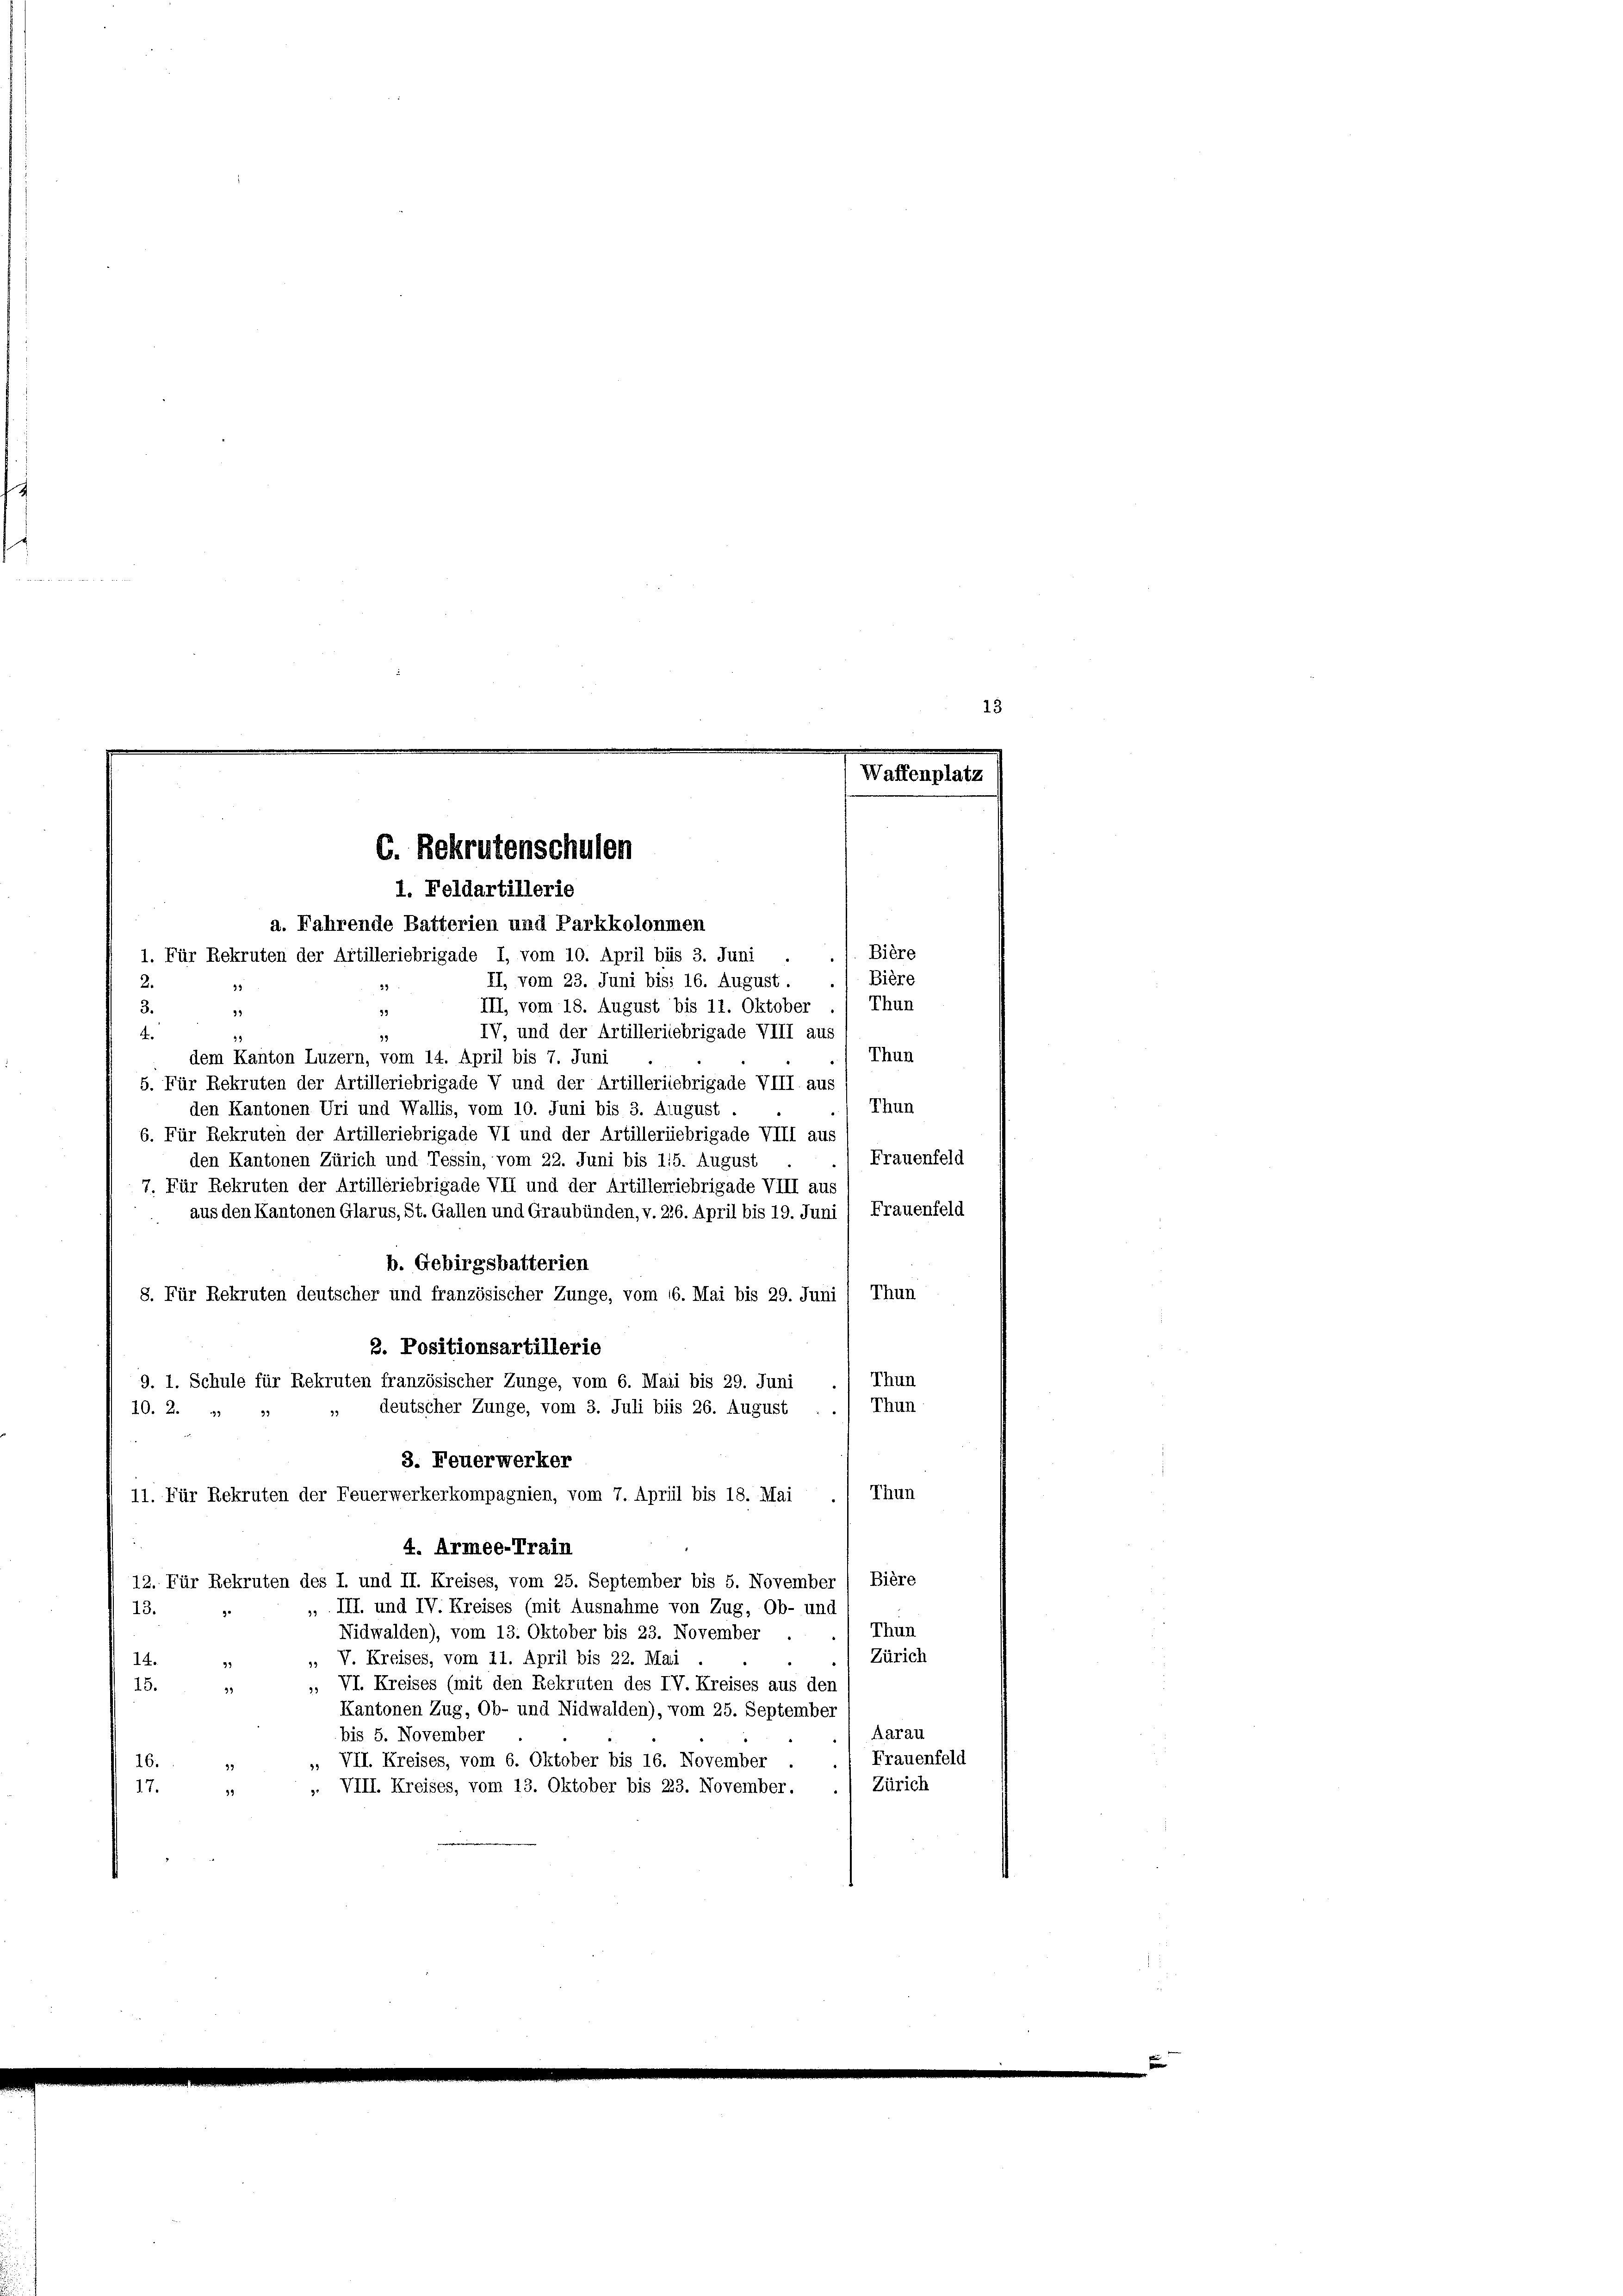
C. Bekrutenschulen
1. Feldartillerie
a. Fahrende Batterien und Parkkolonmen
1. Für Rekruten der Artilleriebrigade I, vom 10. April bis 3. Juni

Val

plat

2

Bière
Bière
II, vom 23. Juni bis 16. August.
29
Thun
III, vom 18. August bis 11. Oktober
3.
91
39
IV, und der Artilleriebrigade VIII aus
4.
12
12
Thun
dem Kanton Luzern, vom 14. April bis 7. Juni
5. Für Rekruten der Artilleriebrigade V und der Artillerliebrigade VIII. aus
Thun
den Kantonen Uri und Wallis, vom 10. Juni bis 3. August.
6. Für Rekruten der Artilleriebrigade VI und der Artillerliebrigade VIII aus
Frauenfeld
den Kantonen Zürich und Tessin, vom 22. Juni bis 115. August
7. Für Rekruten der Artilleriebrigade VII und der Artilleriebrigade VIII aus
aus den Kantonen Glarus, St. Gallen und Graubünden, v. 216. April bis 19. Juni / Frauenfeld
b. Gebirgsbatterien
8. Für Rekruten deutscher und französischer Zunge, vom 16. Mai bis 29. Juni 1 Thun
3. Positionsartillerie
Thun
9. 1. Schule für Rekruten französischer Zunge, vom 6. Maii bis 29. Juni
Thun
deutscher Zunge, vom 3. Juli bis 26. August
10. 2. 333 1
3. Feuerwerker
Thun
11. Für Rekruten der Feuerwerkerkompagnien, vom 7. Aprill bis 18. Mai
4. Armee-Train
12. Für Rekruten des I. und II. Kreises, vom 25. September bis 5. November / Bière
 III. und IV. Kreises (mit Ausnahme von Zug, Ob- und
13.
Thun
Nidwalden), vom 13. Oktober bis 23. November
Zürich
V. Kreises, vom 11. April bis 22. Mai
14.
» VI. Kreises (mit den Rekruten des IV. Kreises aus den
15.
39
Kantonen Zug, Ob- und Nidwalden), vom 25. September
Aarau
bis 5. November
Frauenfeld
. VII. Kreises, vom 6. Oktober bis 16. November
16.
. VIII. Kreises, vom 13. Oktober bis 223. November. Zürich
17.
99